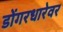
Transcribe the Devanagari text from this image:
डोंगरधारेवर